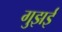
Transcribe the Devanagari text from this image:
गुझई